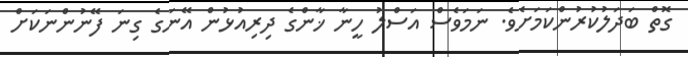
ގޮތް ބަދަލުކުރުންކަމަށެވެ. ނަމަވެސް އަސްލު ހީނާ ޚާންގެ ދިރިއުޅުން އޭނަގެ ގިނަ ފޭނުންނަކަށް